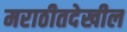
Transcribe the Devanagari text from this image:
मराठीतदेखील